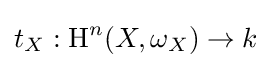
t_{X}:\operatorname {H} ^{n}(X,\omega _{X})\to k